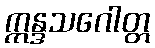
ဣန္ဒသဂေါတ္တ